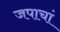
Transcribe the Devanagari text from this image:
जपाचां